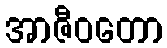
အာဇီဝတော